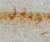
العقلي